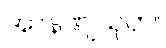
အာနဏျသုတ်။